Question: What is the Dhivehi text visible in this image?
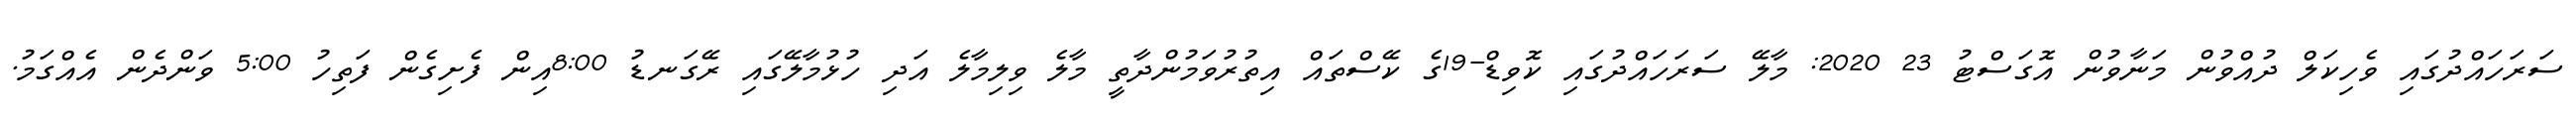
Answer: ސަރަހައްދުގައި ވެހިކަލް ދުއްވުން މަނާވުން އޮގަސްޓު 23 2020: މާލޭ ސަރަހައްދުގައި ކޮވިޑް-19ގެ ކޭސްތައް އިތުރުވަމުންދާތީ މާލެ ވިލިމާލެ އަދި ހުޅުމާލޭގައި ރޭގަނޑު 8:00އިން ފެށިގެން ފަތިހު 5:00 ވަންދެން އެއްގަމު.